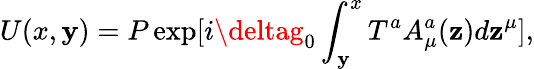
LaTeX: U(x,\mathbf{y})=P\exp[i\deltag_{0}\int_{\mathbf{y}}^{x}T^{a}A_{\mu}^{a}(\mathbf{z})d\mathbf{z}^{\mu}],